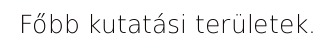
Főbb kutatási területek.